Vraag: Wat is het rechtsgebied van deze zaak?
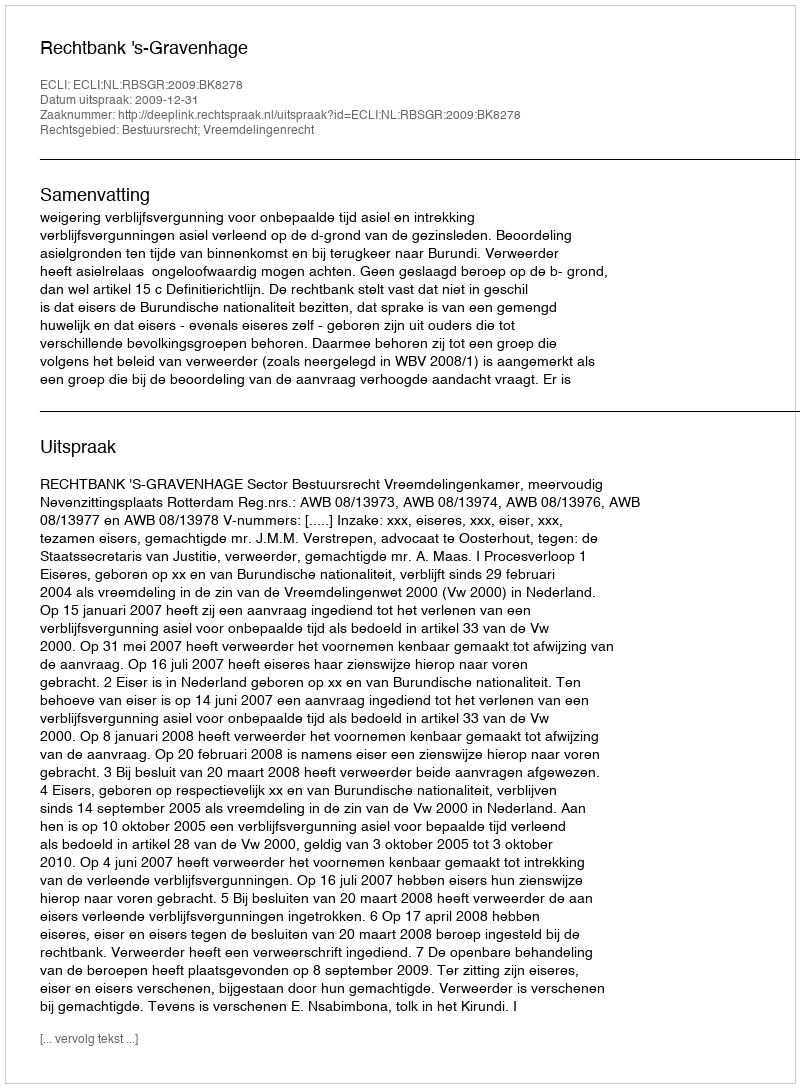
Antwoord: Bestuursrecht; Vreemdelingenrecht